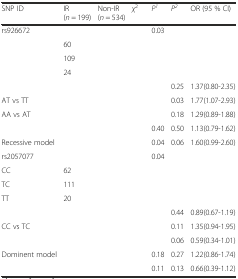
<table><thead><tr><td><b>SNP ID</b></td><td><b>IR(<i>n</i> = 199)</b></td><td><b>Non-IR(<i>n</i> = 534)</b></td><td><b><i>χ</i><sup>2</sup></b></td><td><b><i>P</i><sup><i>1</i></sup></b></td><td><b><i>P</i><sup><i>2</i></sup></b></td><td><b>OR (95 % CI)</b></td></tr></thead><tbody><tr><td>rs926672</td><td>[EMPTY_CELL]</td><td>[EMPTY_CELL]</td><td>[EMPTY_CELL]</td><td>0.03</td><td>[EMPTY_CELL]</td><td>[EMPTY_CELL]</td></tr><tr><td>[EMPTY_CELL]</td><td>60</td><td>[EMPTY_CELL]</td><td>[EMPTY_CELL]</td><td>[EMPTY_CELL]</td><td>[EMPTY_CELL]</td><td>[EMPTY_CELL]</td></tr><tr><td>[EMPTY_CELL]</td><td>109</td><td>[EMPTY_CELL]</td><td>[EMPTY_CELL]</td><td>[EMPTY_CELL]</td><td>[EMPTY_CELL]</td><td>[EMPTY_CELL]</td></tr><tr><td>[EMPTY_CELL]</td><td>24</td><td>[EMPTY_CELL]</td><td>[EMPTY_CELL]</td><td>[EMPTY_CELL]</td><td>[EMPTY_CELL]</td><td>[EMPTY_CELL]</td></tr><tr><td>[EMPTY_CELL]</td><td>[EMPTY_CELL]</td><td>[EMPTY_CELL]</td><td>[EMPTY_CELL]</td><td>[EMPTY_CELL]</td><td>0.25</td><td>1.37(0.80-2.35)</td></tr><tr><td>AT vs TT</td><td>[EMPTY_CELL]</td><td>[EMPTY_CELL]</td><td>[EMPTY_CELL]</td><td>[EMPTY_CELL]</td><td>0.03</td><td>1.77(1.07-2.93)</td></tr><tr><td>AA vs AT</td><td>[EMPTY_CELL]</td><td>[EMPTY_CELL]</td><td>[EMPTY_CELL]</td><td>[EMPTY_CELL]</td><td>0.18</td><td>1.29(0.89-1.88)</td></tr><tr><td>[EMPTY_CELL]</td><td>[EMPTY_CELL]</td><td>[EMPTY_CELL]</td><td>[EMPTY_CELL]</td><td>0.40</td><td>0.50</td><td>1.13(0.79-1.62)</td></tr><tr><td>Recessive model</td><td>[EMPTY_CELL]</td><td>[EMPTY_CELL]</td><td>[EMPTY_CELL]</td><td>0.04</td><td>0.06</td><td>1.60(0.99-2.60)</td></tr><tr><td>rs2057077</td><td>[EMPTY_CELL]</td><td>[EMPTY_CELL]</td><td>[EMPTY_CELL]</td><td>0.04</td><td>[EMPTY_CELL]</td><td>[EMPTY_CELL]</td></tr><tr><td>CC</td><td>62</td><td>[EMPTY_CELL]</td><td>[EMPTY_CELL]</td><td>[EMPTY_CELL]</td><td>[EMPTY_CELL]</td><td>[EMPTY_CELL]</td></tr><tr><td>TC</td><td>111</td><td>[EMPTY_CELL]</td><td>[EMPTY_CELL]</td><td>[EMPTY_CELL]</td><td>[EMPTY_CELL]</td><td>[EMPTY_CELL]</td></tr><tr><td>TT</td><td>20</td><td>[EMPTY_CELL]</td><td>[EMPTY_CELL]</td><td>[EMPTY_CELL]</td><td>[EMPTY_CELL]</td><td>[EMPTY_CELL]</td></tr><tr><td>[EMPTY_CELL]</td><td>[EMPTY_CELL]</td><td>[EMPTY_CELL]</td><td>[EMPTY_CELL]</td><td>[EMPTY_CELL]</td><td>0.44</td><td>0.89(0.67-1.19)</td></tr><tr><td>CC vs TC</td><td>[EMPTY_CELL]</td><td>[EMPTY_CELL]</td><td>[EMPTY_CELL]</td><td>[EMPTY_CELL]</td><td>0.11</td><td>1.35(0.94-1.95)</td></tr><tr><td>[EMPTY_CELL]</td><td>[EMPTY_CELL]</td><td>[EMPTY_CELL]</td><td>[EMPTY_CELL]</td><td>[EMPTY_CELL]</td><td>0.06</td><td>0.59(0.34-1.01)</td></tr><tr><td>Dominent model</td><td>[EMPTY_CELL]</td><td>[EMPTY_CELL]</td><td>[EMPTY_CELL]</td><td>0.18</td><td>0.27</td><td>1.22(0.86-1.74)</td></tr><tr><td>[EMPTY_CELL]</td><td>[EMPTY_CELL]</td><td>[EMPTY_CELL]</td><td>[EMPTY_CELL]</td><td>0.11</td><td>0.13</td><td>0.66(0.39-1.12)</td></tr></tbody></table>